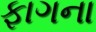
ફાગના